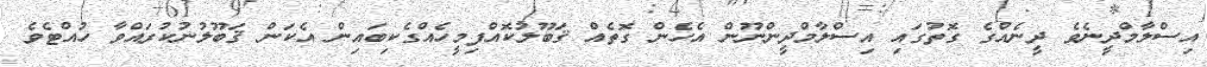
އިސްލާމްދީނެވެ ދީނެއްގެ ގޮތުގައި އިސްލާމްދީންނޫން އެހެން ގޮތެއް ޤަބޫލުކޮއްފިމީހެއްގެކިބައިން އެކަން ޤަބޫލުނުކުރައްވާ ހުއްޓެވެ